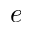
e